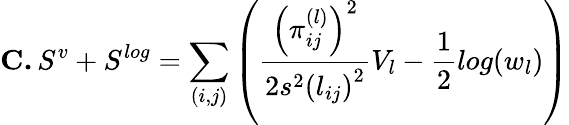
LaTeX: \textbf{C.}\, S^{v}+S^{log}=\sum_{(i,j)}\left(\frac{\left(\pi_{ij}^{(l)}\right)^{2}}{2s^{2}\left(l_{ij}\right)^{2}}V_{l}-\frac{1}{2}log(w_{l})\right)